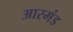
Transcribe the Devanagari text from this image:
आरमंड